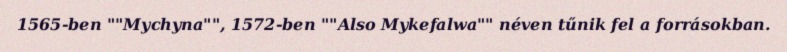
1565-ben ""Mychyna"", 1572-ben ""Also Mykefalwa"" néven tűnik fel a forrásokban.